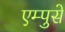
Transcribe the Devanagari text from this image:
एम्पुसे